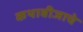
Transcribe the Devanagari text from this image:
कथाबीजाचे